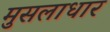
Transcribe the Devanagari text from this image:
मुसलाधार